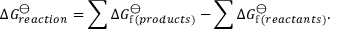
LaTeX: \Delta G _ { r e a c t i o n } ^ { \ominus } = \sum \Delta G _ { \mathrm { f } \, ( p r o d u c t s ) } ^ { \ominus } - \sum \Delta G _ { \mathrm { f } \, ( r e a c t a n t s ) } ^ { \ominus } .